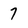
Character: 7